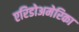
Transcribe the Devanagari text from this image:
एरिडोअमेरिका